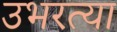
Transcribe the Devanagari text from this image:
उभरत्या